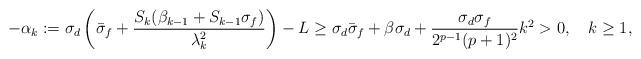
LaTeX: \begin{align*}-\alpha_k := \sigma_d\left(\bar\sigma_f+\frac{S_k(\beta_{k-1}+S_{k-1}\sigma_f)}{\lambda_k^2}\right)-L \geq \sigma_d\bar\sigma_f + \beta\sigma_d + \frac{\sigma_d\sigma_f}{2^{p-1}(p+1)^2}k^2 > 0,~~~ k\geq 1,\end{align*}